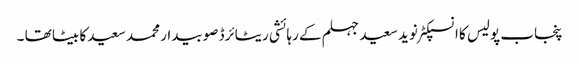
پنجاب پولیس کا انسپکٹر نوید سعید جہلم کے رہائشی ریٹائرڈ صوبیدار محمد سعید کا بیٹا تھا ۔